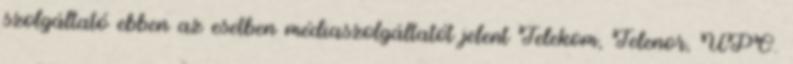
szolgáltató ebben az esetben médiaszolgáltatót jelent Telekom, Telenor, UPC.